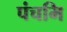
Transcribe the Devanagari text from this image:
पंचमि